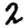
Digit: 2